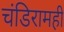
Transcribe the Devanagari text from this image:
चंडिरामही